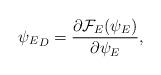
LaTeX: \begin{align*}{\psi_{E}}_D={{\partial{\cal F}_E(\psi_E)}\over{\partial\psi_E}},\end{align*}